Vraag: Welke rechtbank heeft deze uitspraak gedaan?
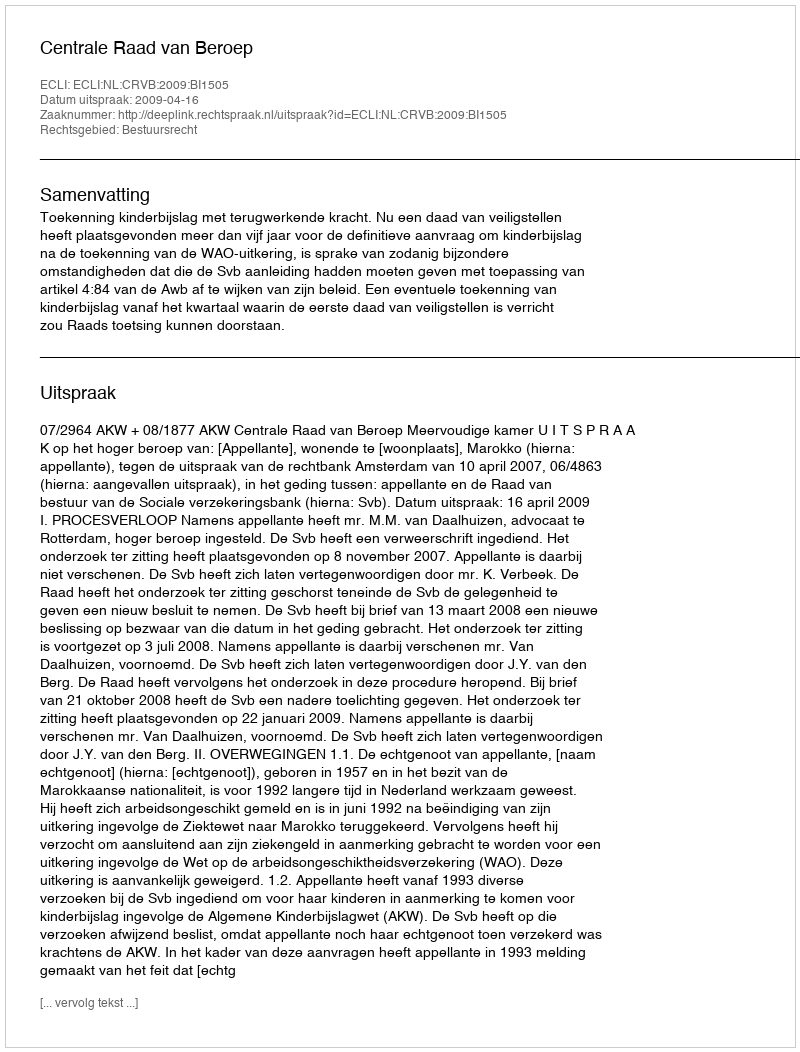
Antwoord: Centrale Raad van Beroep